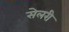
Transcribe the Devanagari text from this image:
सेलरी